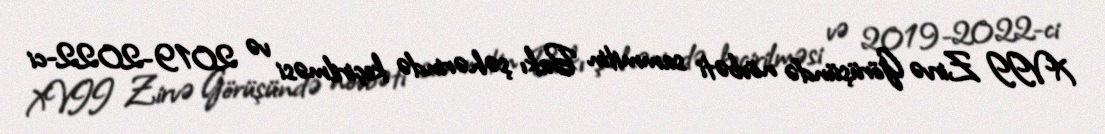
XVII Zirvə Görüşündə növbəti sammitin Bakı şəhərində keçirilməsi və 2019-2022-ci